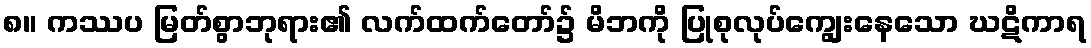
၈။ ကဿပ မြတ်စွာဘုရား၏ လက်ထက်တော်၌ မိဘကို ပြုစုလုပ်ကျွေးနေသော ဃဋိကာရ